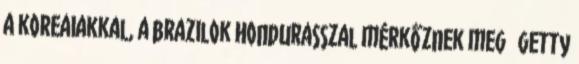
a koreaiakkal, a brazilok Hondurasszal mérkőznek meg getty